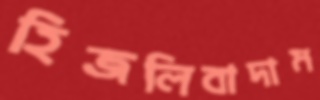
হিজলিবাদাম